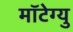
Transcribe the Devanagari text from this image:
मॉटेग्यु